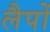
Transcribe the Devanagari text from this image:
लैपों